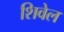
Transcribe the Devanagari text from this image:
शिवेल